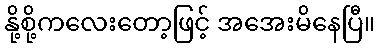
နို့စို့ကလေးတော့ဖြင့် အအေးမိနေပြီ။